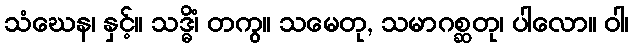
သံဃေန၊ နှင့်။ သဒ္ဓိံ၊ တကွ။ သမေတု, သမာဂစ္ဆတု၊ ပါလော။ ဝါ၊